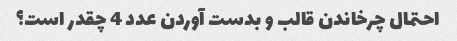
احتمال چرخاندن قالب و بدست آوردن عدد 4 چقدر است؟